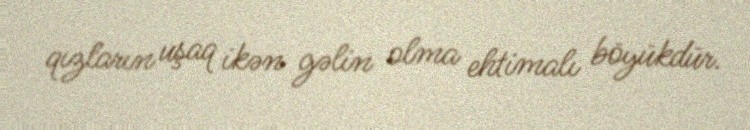
qızların uşaq ikən gəlin olma ehtimalı böyükdür.